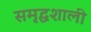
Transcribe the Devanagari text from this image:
समृद्घशाली